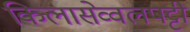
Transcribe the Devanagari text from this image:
किलासेव्वलपट्टी